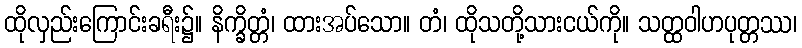
ထိုလှည်းကြောင်းခရီး၌။ နိက္ခိတ္တံ၊ ထားအပ်သော။ တံ၊ ထိုသတို့သားငယ်ကို။ သတ္ထဝါဟပုတ္တဿ၊